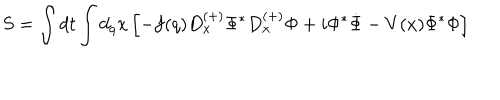
S = \int d t \int d _ { q } x \left[ - f ( q ) D _ { x } ^ { ( + ) } \Phi ^ { \ast } D _ { x } ^ { ( + ) } \Phi + i \Phi ^ { \ast } \dot { \Phi } - V ( x ) \Phi ^ { \ast } \Phi \right]